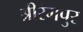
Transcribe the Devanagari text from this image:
श्रीरंगपुर